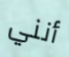
أنني